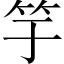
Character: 竽